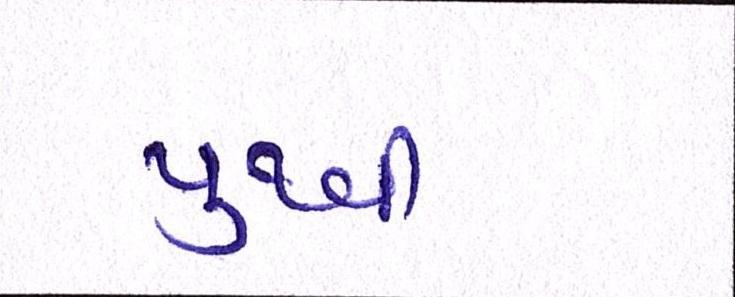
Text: પુથ્વી